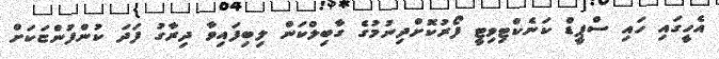
އެހީގައި ހައި ސްޕީޑް ކަނެކްޓިވިޓީ ފޯރުކޮށްދިނުމުގެ ގާބިލްކަން ލިބިފައިވާ ދިރާގު ފަދަ ކުންފުންޏަކަށް